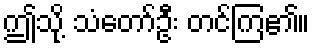
ဤသို့ သံတော်ဦး တင်ကြ၏။